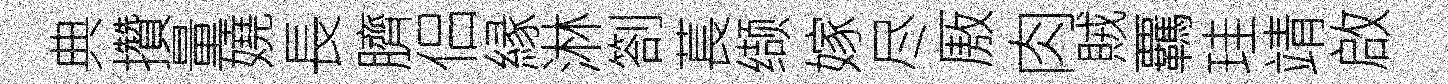
典攢量嬈長臍侣縁淋劄萇缬嫁尽厫肉賊覊珪靖啟